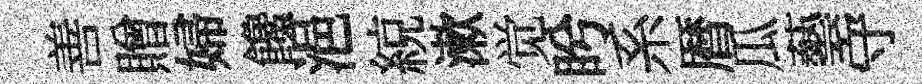
善贈婦饞浥綂漱觉盻系暦瓜藝守